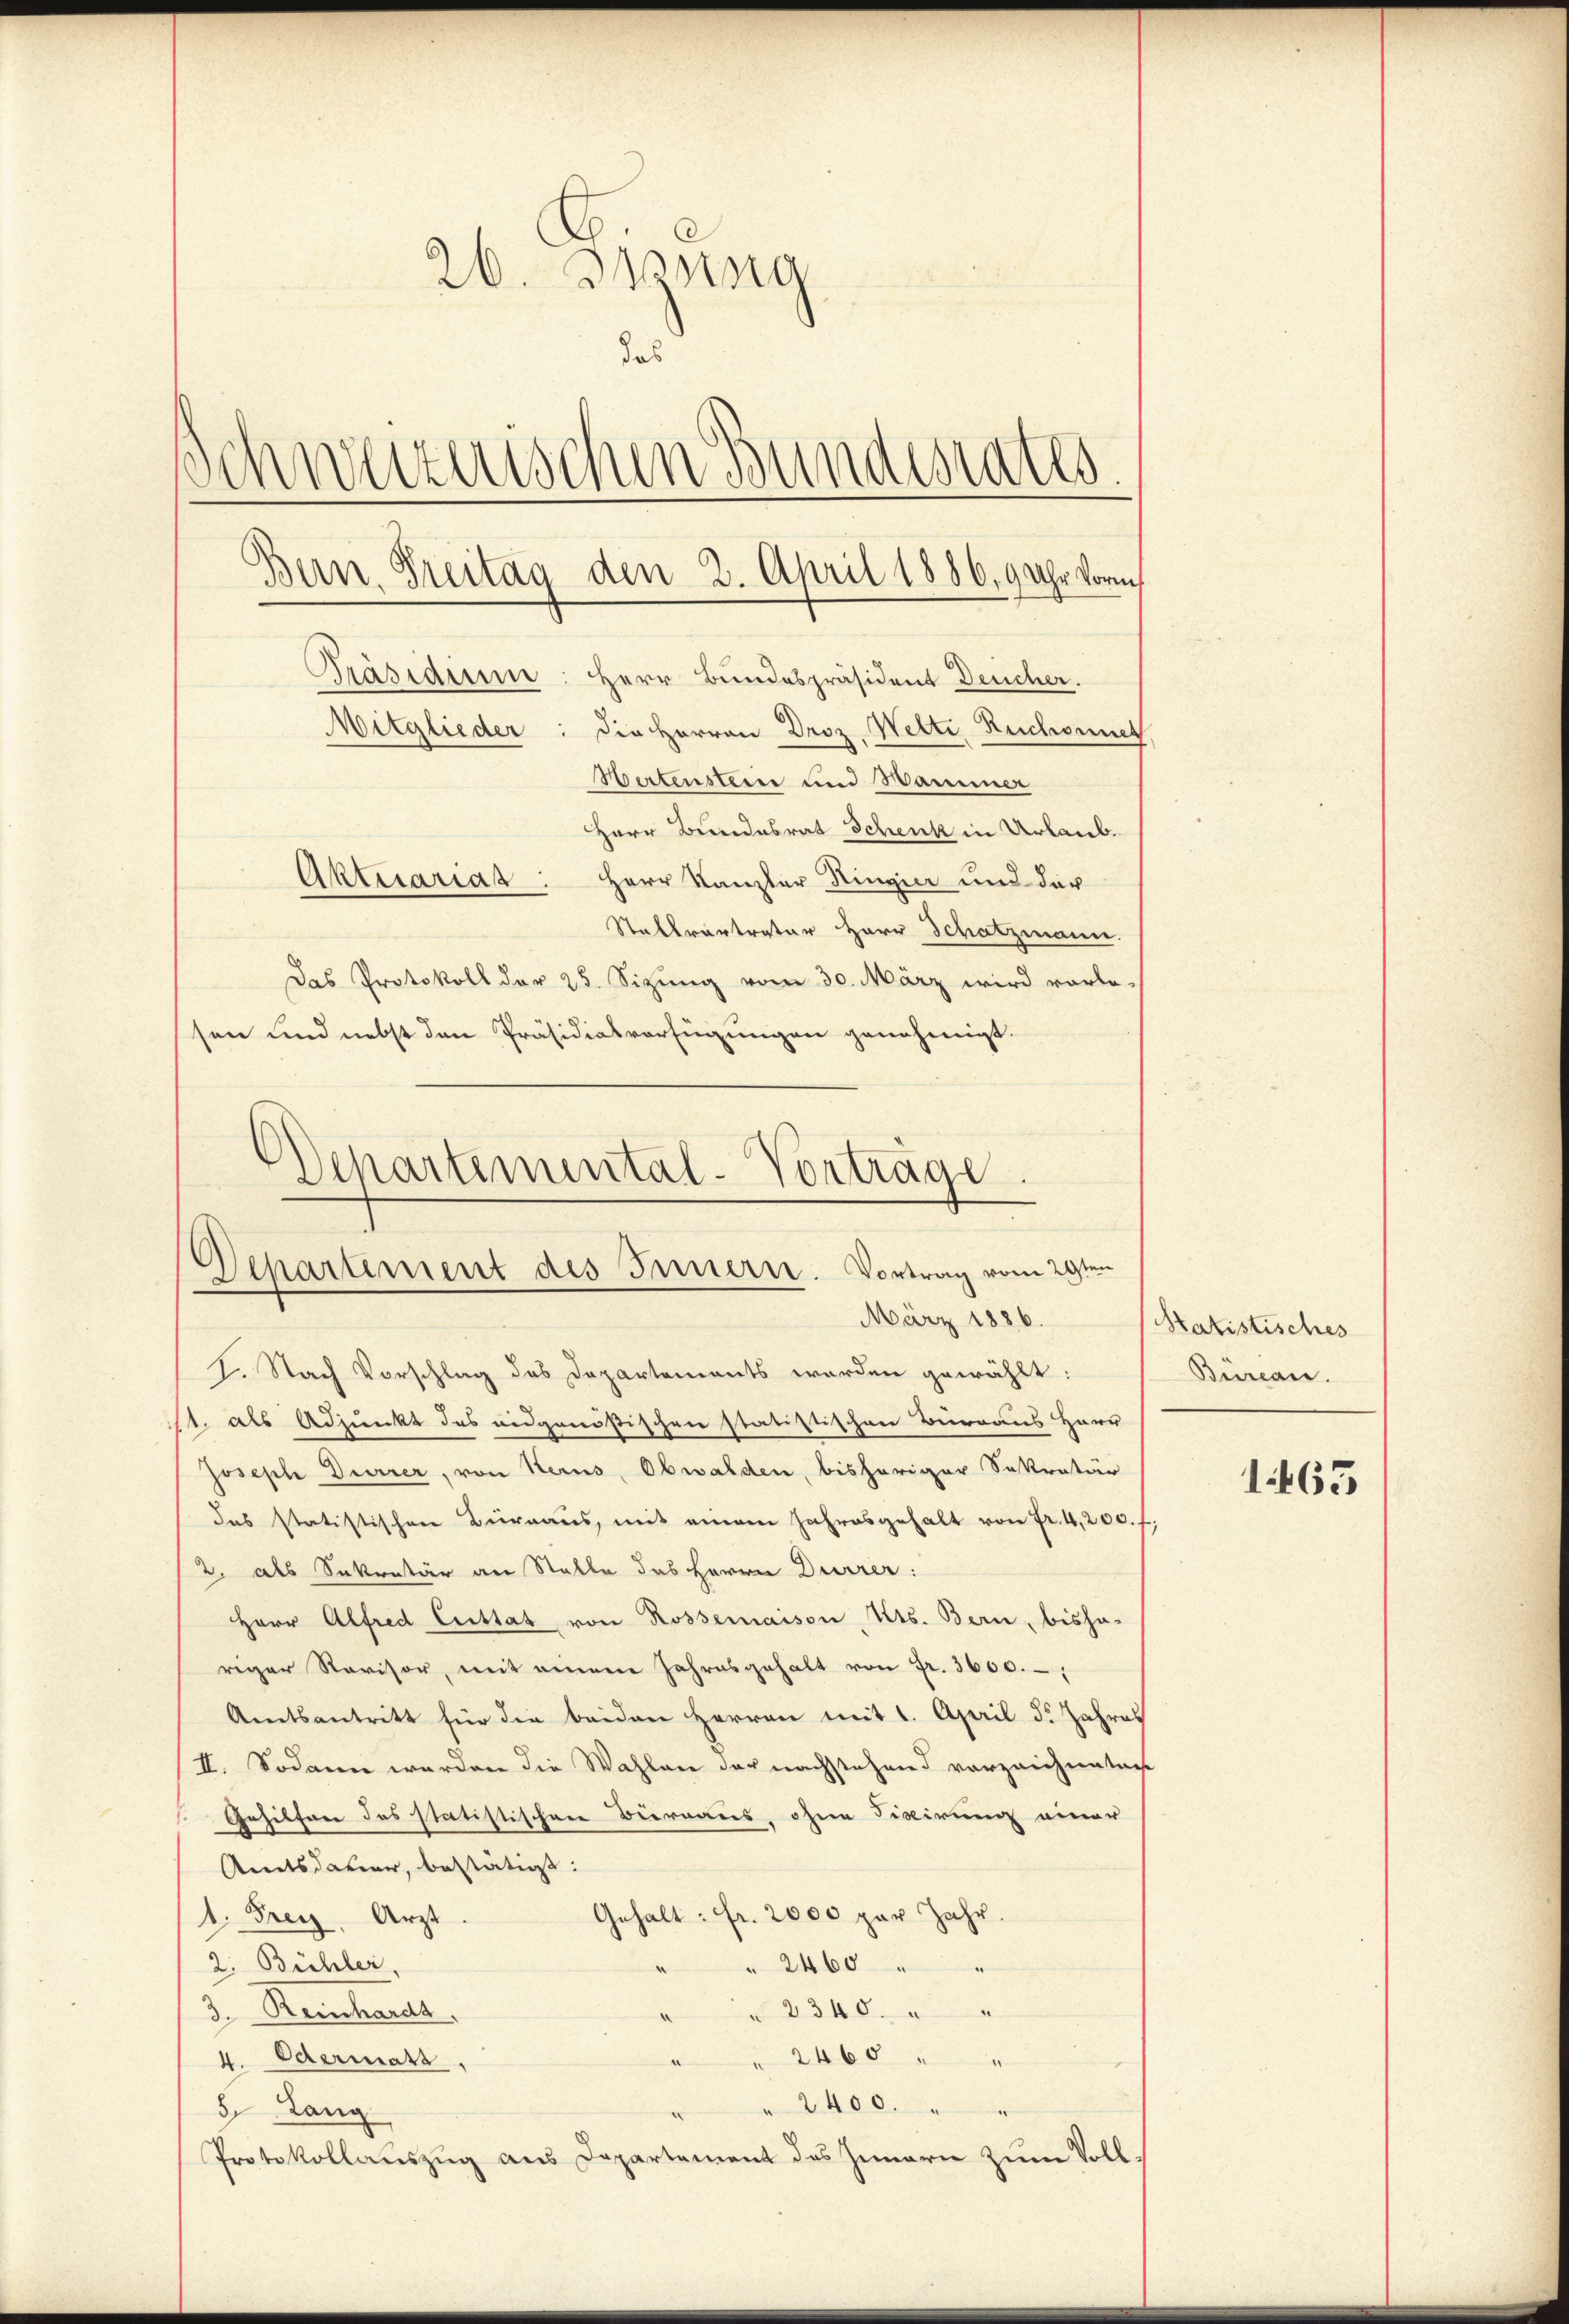
26. Jung
das
Schweizerischen Bundesrates.
Bern, Freitag den 2. April 1886, 9 Uhr vorm
Präsidium: Herr Bundespräsident Deucher.
Mitglieder: die Herren Droz. Welti, Ruchonnet
Wertensterie und Wammer
Herr Bundesrat Schenk in Urlaub.
Aktuariat: Herr Kanzler Ringier und der
Stattvertratur Herr Schatzmann.
Das Protokoll der 25. Sizung vom 30. März wird vorle-
sen und nebst den Präsidialverfügungen genehmigt.

Departemental-Vorträge.
Departement des Innern. Vortrag vom 29ten
März 1886.

2. Nach Vorschlag des Departements werden gewählt:
11. als Adjunkt des eidgenößischen statistischen Bureaus Herr
Joseph Dürrer, von Herus, Obwalden, bisheriger Sekretär
das statistischen Büreaŭs, mit einem Jahresgehalt von Fr. 4,200. f
2. als Sekretär an Stalle das Herrn Dürrer:
Herr Alfred Cuttat von Rossemaison, Kts. Bern, bisha-
riger Revisor, mit einem Jahresgehalt von Fr. 3600.
Amtsantritt für die beiden Herren mit 1. April d. Jahres
II. Sodann werden die Wahlen der nachstehend vorzeichneten
Gehilfen des statistischen Biernaus, ohne Fiscirung einer
Amtsdauer, bestätigt:
1. Frey. Arzt.
Gehalt: fr. 2000 per Jahr.
2. Bühler
" 2460 " "
3. Reinhardt.
2340. " "
4. Odermass,
" 2460 " "
e
" 2400.
3 Lang
Protokollauszug aus Departement des Innern zum Voll¬

Satistisches
Bureau.

1465